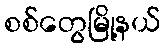
စစ်တွေမြို့နယ်